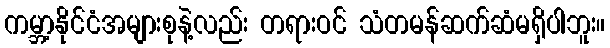
ကမ္ဘာ့နိုင်ငံအများစုနဲ့လည်း တရားဝင် သံတမန်ဆက်ဆံမရှိပါဘူး။